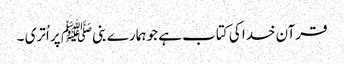
قرآن خدا کی کتاب ہے جو ہمارے بنیﷺ پر اُتری ۔